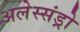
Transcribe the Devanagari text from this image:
अलेस्संड्रो